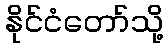
နိုင်ငံတော်သို့